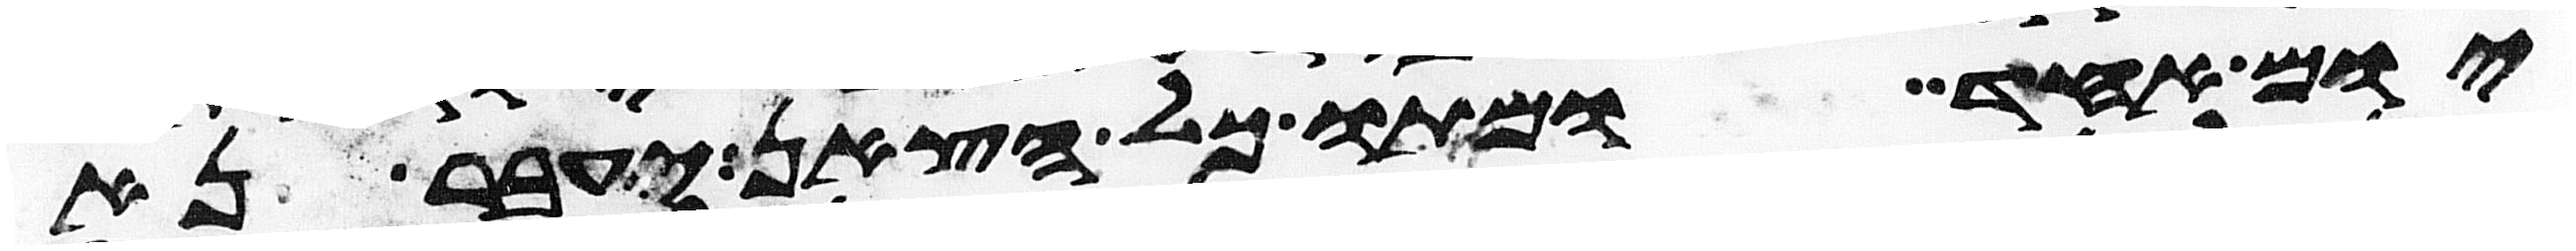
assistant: יום אחד ומתו כל הצאן יעבר נא